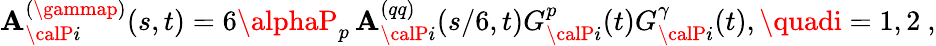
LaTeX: \mathbf{A}_{{\calP}i}^{(\gammap)}(s,t)=6\alphaP_{p}\, \mathbf{A}_{{\calP}i}^{(qq)}(s/6,t)G_{{\calP}i}^{p}(t)G_{{\calP}i}^{\gamma}(t),\quadi=1,2\ ,